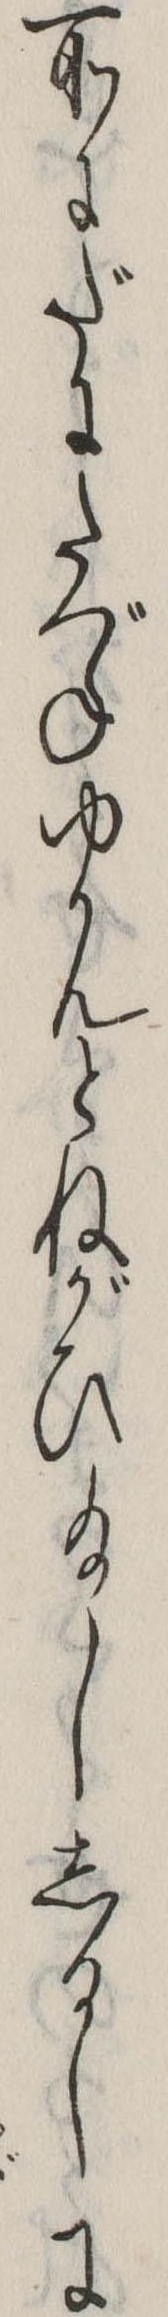
所にだにたづねゆかんとねがひ給ししるしに